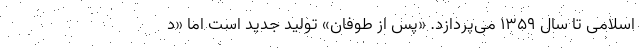
اسلامی تا سال ۱۳۵۹ می‌پردازد. «پس از طوفان» تولید جدید است اما «د